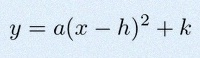
y=a(x-h)^2+k